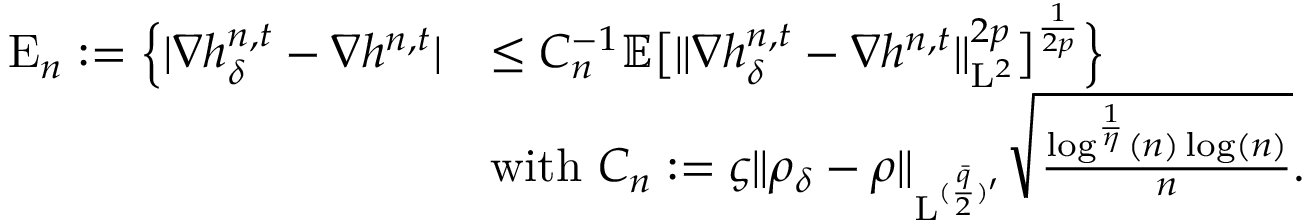
\begin{array} { r l } { \mathrm { E } _ { n } : = \Big \{ \vert \nabla h _ { \delta } ^ { n , t } - \nabla h ^ { n , t } \vert } & { \leq C _ { n } ^ { - 1 } \mathbb { E } \big [ \| \nabla h _ { \delta } ^ { n , t } - \nabla h ^ { n , t } \| _ { \mathrm { L } ^ { 2 } } ^ { 2 p } \big ] ^ { \frac { 1 } { 2 p } } \Big \} } \\ & { \mathrm { w i t h ~ } C _ { n } : = \varsigma \| \rho _ { \delta } - \rho \| _ { \mathrm { L } ^ { ( \frac { \bar { q } } { 2 } ) ^ { \prime } } } \sqrt { \frac { \log ^ { \frac { 1 } { \eta } } ( n ) \log ( n ) } { n } } . } \end{array}